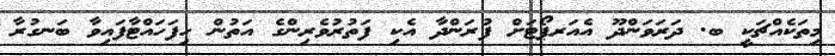
މިތަކެއްޗަކީ ބ. ދަރަވަންދޫ އެއަރޕޯޓަށް ފުރަންދާ އެކި ފަތުރުވެރިންގެ އަތުން ހިފަހައްޓާފައިވާ ބަނގުރާ